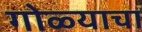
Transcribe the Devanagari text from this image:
गोळ्याचा